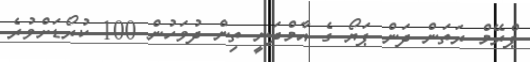
ޕްރޭމް ރަތަން ދަން ޕަޔޯ ގެ އާމްދަނީ ތިން ދުވަހުން 100 ކުރޯޑަށްވުރެ